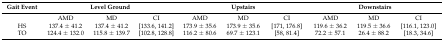
| Gait Event | <COLSPAN=3> Level Ground | <COLSPAN=3> Upstairs | <COLSPAN=3> Downstairs |
 | --- | --- | --- | --- | --- | --- | --- | --- | --- | --- |
 |  | AMD | MD | CI | AMD | MD | CI | AMD | MD | CI |
 | HS | 137.4 ± 41.2 | 137.4 ± 41.2 | [133.6, 141.2] | 173.9 ± 35.6 | 173.9 ± 35.6 | [171, 176.8] | 119.6 ± 36.2 | 119.5 ± 36.6 | [116.1, 123.0] |
 | TO | 124.4 ± 132.0 | 115.8 ± 139.7 | [102.8, 128.8] | 116.2 ± 80.6 | 69.7 ± 123.1 | [58, 81.4] | 72.2 ± 57.1 | 26.4 ± 88.2 | [18.3, 34.6] |